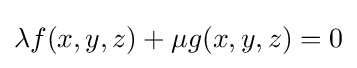
\lambda f(x,y,z)+\mu g(x,y,z)=0